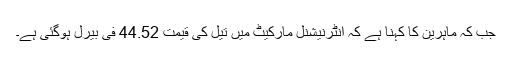
جب کہ ماہرین کا کہنا ہے کہ انٹرنیشنل مارکیٹ میں تیل کی قیمت 44.52 فی بیرل ہوگئی ہے۔